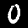
Label: 0